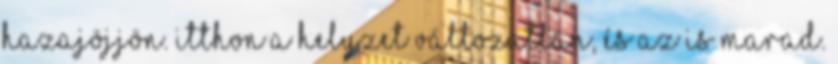
hazajöjjön. Itthon a helyzet változatlan, és az is marad.